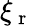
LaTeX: \xi_{\mathrm{~r~}}